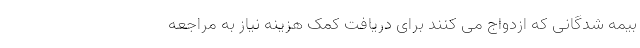
بیمه شدگانی که ازدواج می کنند برای دریافت کمک هزینه نیاز به مراجعه